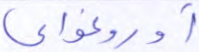
أوروغواي